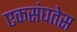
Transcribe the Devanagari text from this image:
एकसंघतेस